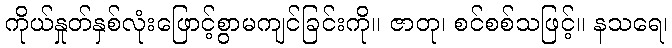
ကိုယ်နှုတ်နှစ်လုံးဖြောင့်စွာမကျင်ခြင်းကို။ ဇာတု၊ စင်စစ်သဖြင့်။ နသရေ၊